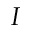
I